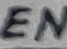
Text: EN